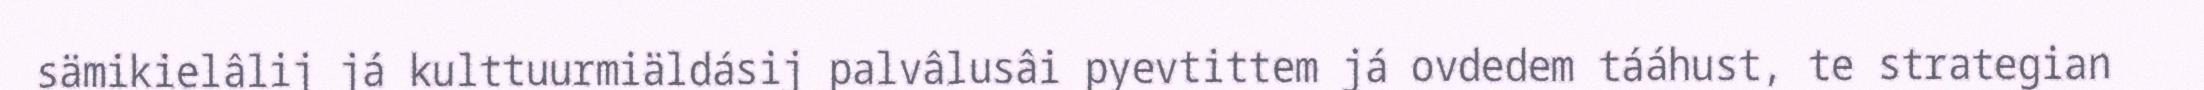
sämikielâlij já kulttuurmiäldásij palvâlusâi pyevtittem já ovdedem tááhust, te strategian